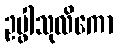
ဥပ္ဖါသုလိကော